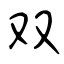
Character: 双